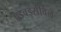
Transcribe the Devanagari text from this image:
एडवर्ड्सविले